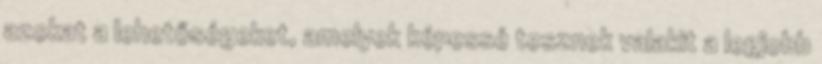
azokat a lehetőségeket, amelyek képessé tesznek valakit a legjobb